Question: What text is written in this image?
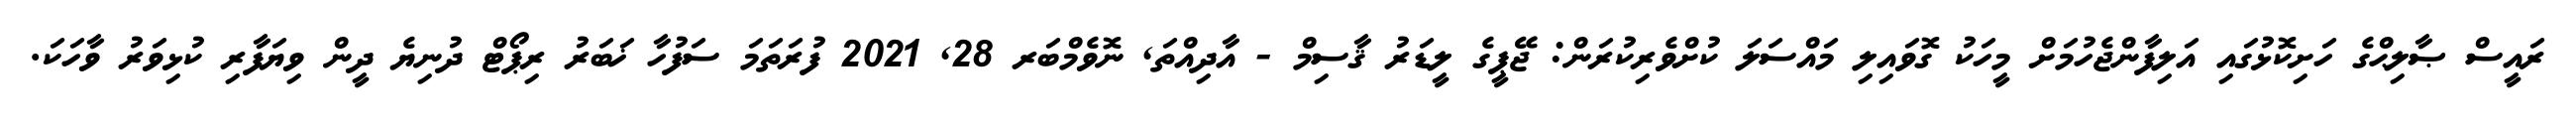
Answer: ރައީސް ޞާލިޙްގެ ހަށިކޮޅުގައި އަލިފާންޖެހުމަށް މީހަކު ގޮވައިލި މައްސަލަ ކުށްވެރިކުރަން: ޖޭޕީގެ ލީޑަރު ޤާސިމް - އާދިއްތަ, ނޮވެމްބަރ 28, 2021 ފުރަތަމަ ސަފުހާ ޚަބަރު ރިޕޯޓް ދުނިޔެ ދީން ވިޔަފާރި ކުޅިވަރު ވާހަކަ.